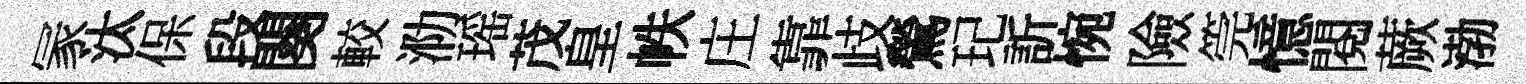
冡汰保段闋較泐瑶茂皇帙庄靠歧鶯玘訢惋險筦憶閱蕨渤